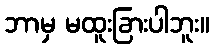
ဘာမှ မထူးခြားပါဘူး။